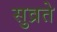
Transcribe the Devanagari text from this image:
सुव्रते